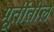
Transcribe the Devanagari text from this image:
मूर्तीतील